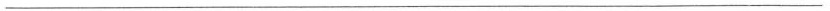
——————